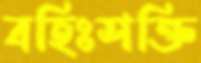
বহিঃশক্তি